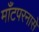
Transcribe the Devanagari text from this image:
माँटपरनासे